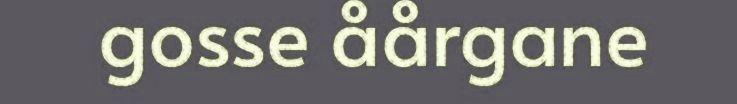
gosse åårgane